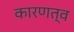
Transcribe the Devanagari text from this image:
कारणत्व